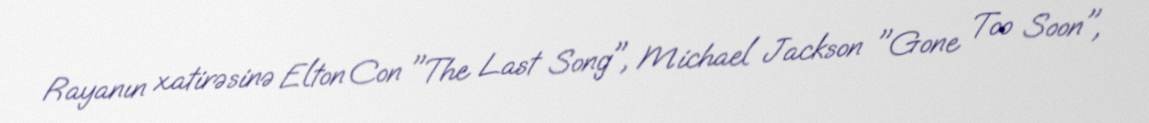
Rayanın xatirəsinə Elton Con "The Last Song", Michael Jackson "Gone Too Soon",